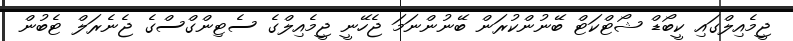
ޖީމެއިލްގައި ކީބޯޑް ޝޯޓްކަޓް ބޭނުންކުރަން ބޭނުންނަމަ ޖެހޭނީ ޖީމެއިލްގެ ސެޓިންގްސްގެ ޖެނެރަލް ޓެބުން